Karksi_vallavalitsus, lk 97
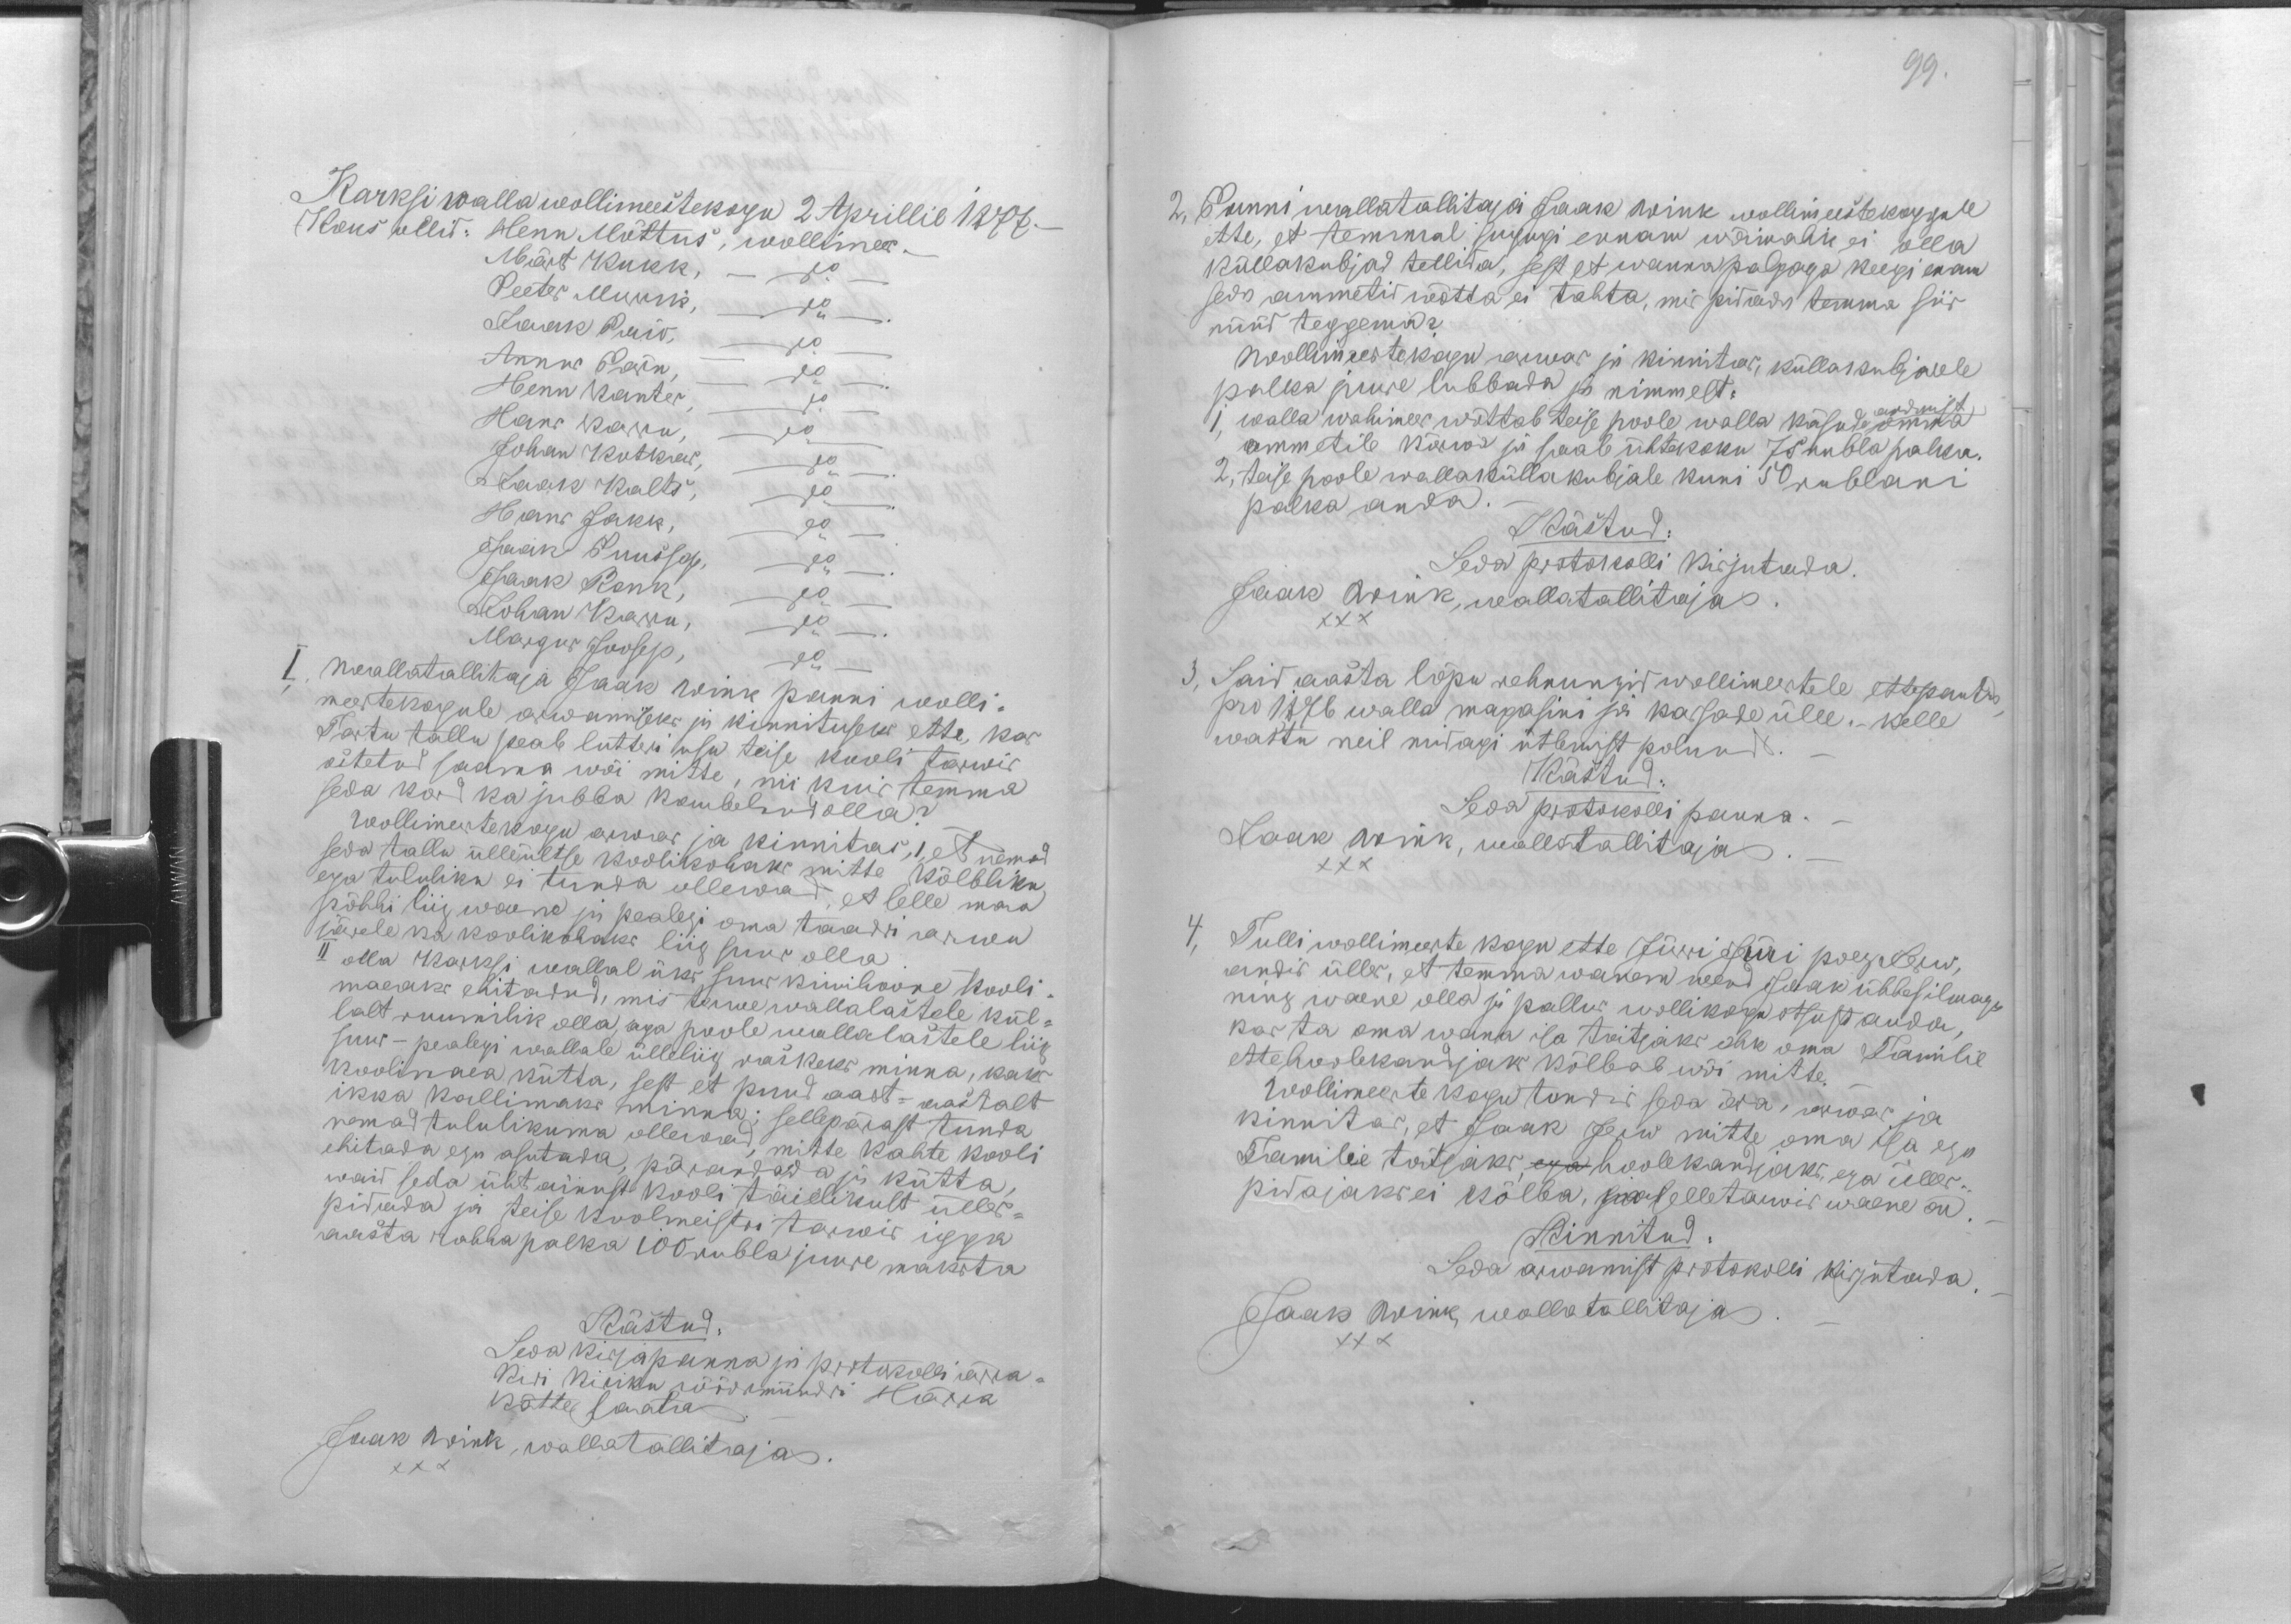
Karksi walla wollimeestekogu 2 Aprillil 1877. -
Kous ollid: Henn Mõttus, wollimees -
Märt Kukk, do
Peeter Murik, do
Jaak Paio, do
Annus Pärn, do
Henn Kanter, do
Hans Karru, do
Johan Kotkas, do.
Jaak Kalts, do.
Hans Jakk, do.
Jaak Puussep, do
Jaak Ronk, do
Johan Karru, do
Margus Joosep, do
I., Wallatallitaja Jaak Wink panni wolli-
meestekogule arwamiseks ja kinnituseks ette, kas
Tartu tallu peab lutteri usu teise kooli tarwis
ostetud saama wõi mitte, nii kuis temma
seda kord ka jubba kaubelnud olla?
Wollimeestekogu arwas ja kinnitas, 1, et nemad
seda tallu ülleültse koolikohaks mitte kõlbliku
ega tululiku ei tunda ollewad, et selle maa
põhhi liig waene ja pealegi oma taalri arwu
järele ka koolikohaks liig suur olla
II olla Karksi wallal üks suur kiwihoone kooli-
maeaks ehitadud, mis terwe wallalastele kül-
lalt ruumilik olla aga poole wallalastele liig
suur - pealegi wallale ülleliig raskeks minna, kaks
koolimaea kütta, sest et puud aast-aastalt
ikka kallimaks minna; sellepärast tunda
nemad tululikuma ollewad mitte kahte kooli
ehitada ega asutada, parandada ja kütta
waid seda üht ainust kooli täielikult ülles-
pidada ja teise koolmeisti tarwis igga
aasta rahha palka 100 rubla juure maksta
Kästud:
Seda kirja panna ja protokolli ärra-
kiri kiriku wöörmündri Härra
kätte saata.
Jaak Wink, wallatallitaja.
XXX

99.
2, Panni wallatallitaja Jaak Wink wollimeestekoggule
ette, et temmal sugugi ennam wõimalik ei olla
küllakubjad tellida, sest et wanna palgaga keegi enam
seda ammetid wõtta ei tahta, mis pidada temma siis
nüüd teggema?
Wollimeestekogu arwas ja kinnitas, küllakubjatele
palka juure lubbada ja nimmelt:
1, walla wahimees wõttab teise poole walla käsude omma
andmist
ammetile kõrwa ja saab ühtekoku 75 rubla palka.
2, teise poole wallaküllakubjale kuni 50 rublani
palka anda
Kästud:
Seda protokolli kirjutada.
Jaak Wink, wallatallitaja.
XXX
3, Said aasta lõpu rehnungid wollimeestele ettepantud
pro 1876 walla magasini ja kassade ülle. - Kelle
wastu neil midagi ütlemist polnud
Kästud:
Seda protokolli panna. -
Jaak Wink, wallatallitaja
XXX
4, Tulli wollimeeste kogu ette Jürri Jüri poeg Jerw,
andis ülles, et temma wanem wend Jaak ühhesilmaga
ning waene olla ja pallus wollikogu otsust anda,
kas ta oma wana isa toitjaks ehk oma Familie
ette hoolekandjaks kõlbab wõi mitte.
Wollimeeste kogu tundis seda ära, arwas ja
kinnitas, et Jaak Jerw mitte oma isa ega
Familie toitjaks, ega hoolekandjaks, ega ülles-
pidajaks ei kõlba, ja selletarwis waene on.
Kinnitud
Seda arwamist protokolli kirjutada.
Jaak Wink, wallatallitaja
XXX